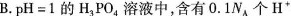
B.pH=1的H_{3}PO_{4}溶液中，含有0.1N_{A}个H^{+}